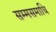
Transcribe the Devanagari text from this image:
सम्मसमाधि